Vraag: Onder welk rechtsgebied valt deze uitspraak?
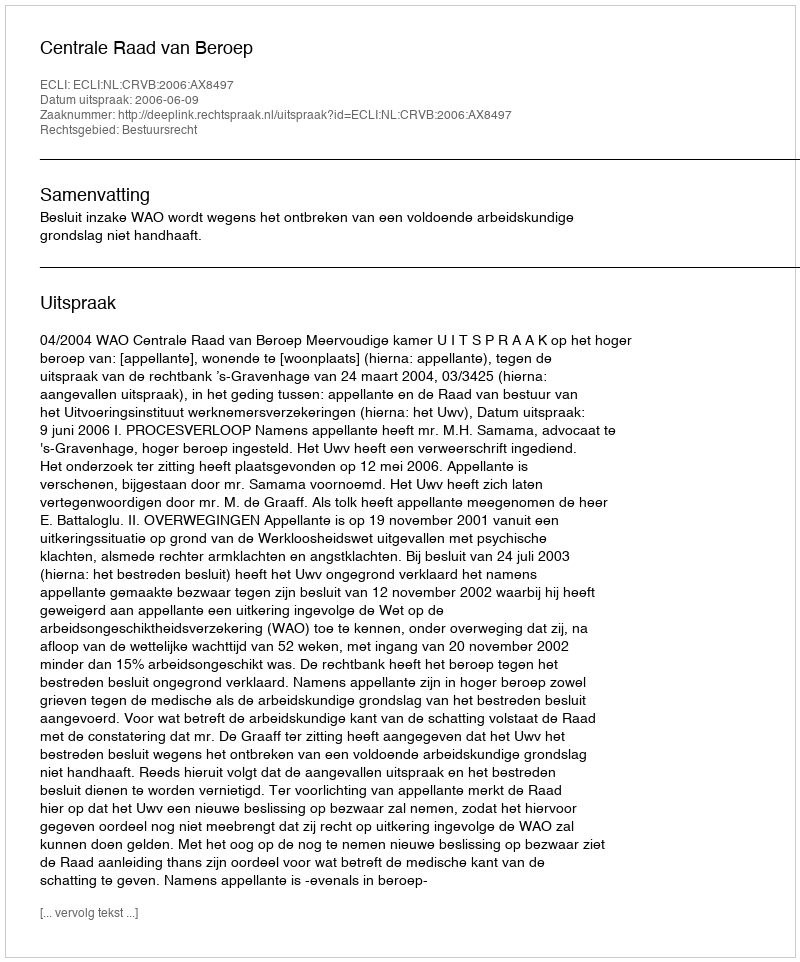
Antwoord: Bestuursrecht